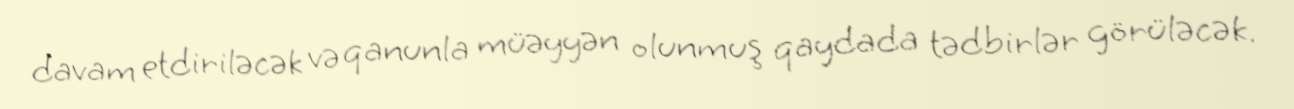
davam etdiriləcək və qanunla müəyyən olunmuş qaydada tədbirlər görüləcək.